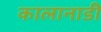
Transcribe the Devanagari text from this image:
कालानाडी